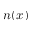
n ( x )